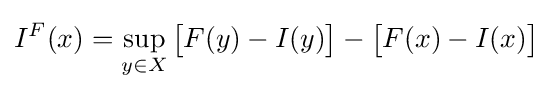
I^{F}(x)=\sup _{y\in X}{\big [}F(y)-I(y){\big ]}-{\big [}F(x)-I(x){\big ]}